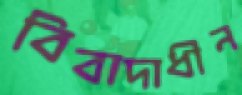
বিবাদাধীন